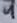
Text: 4